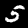
Digit: 5